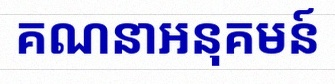
គណនាអនុគមន៍